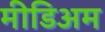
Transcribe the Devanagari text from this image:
मीडिअम